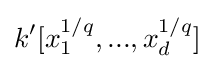
k'[x_{1}^{1/q},...,x_{d}^{1/q}]